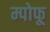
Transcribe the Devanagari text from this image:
म्पोफू